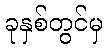
ခုနှစ်တွင်မှ